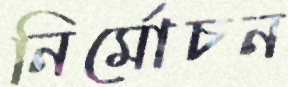
নির্মোচন